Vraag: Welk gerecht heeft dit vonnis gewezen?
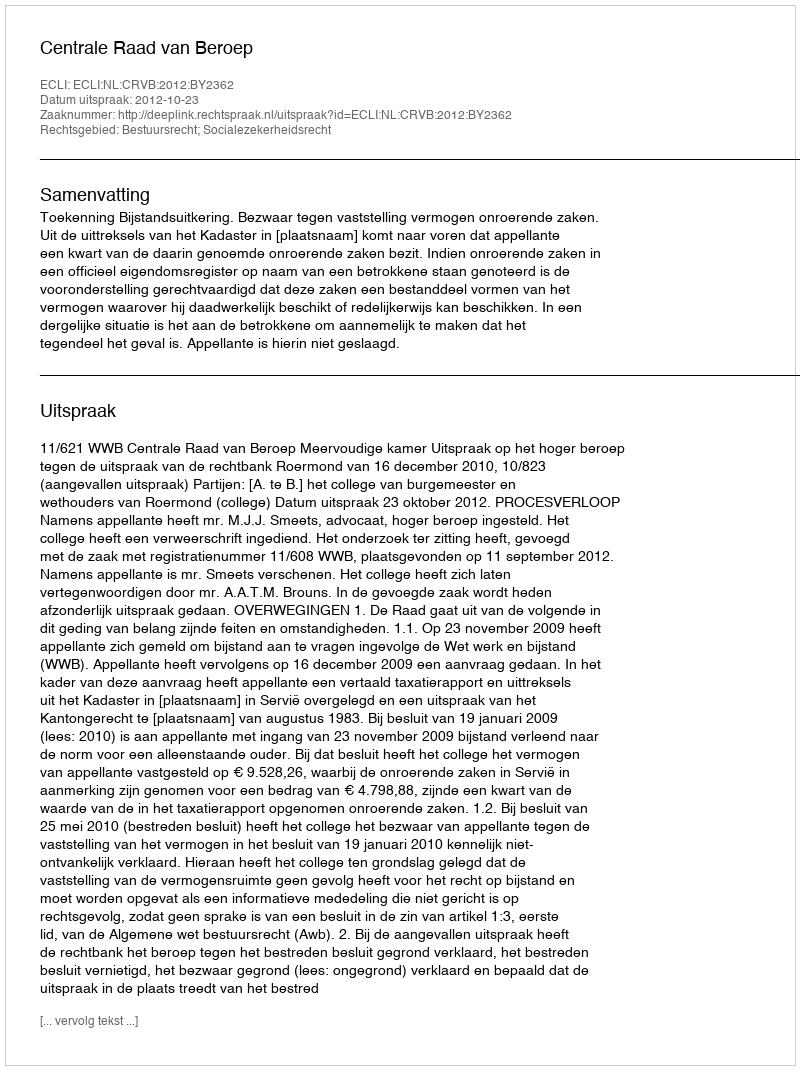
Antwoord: Centrale Raad van Beroep